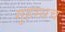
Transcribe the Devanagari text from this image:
गृहस्थच